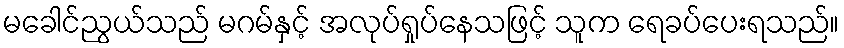
မခေါင်ညွယ်သည် မဂမ်နှင့် အလုပ်ရှုပ်နေသဖြင့် သူက ရေခပ်ပေးရသည်။